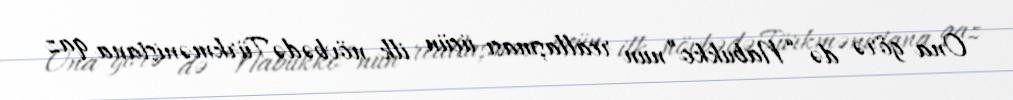
Ona görə də “Nabukko”nun reallaşması üçün ilk növbədə Türkmənistana qaz